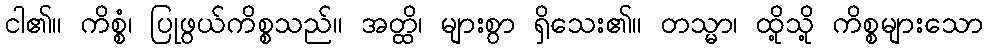
ငါ၏။ ကိစ္စံ၊ ပြုဖွယ်ကိစ္စသည်။ အတ္ထိ၊ များစွာ ရှိသေး၏။ တသ္မာ၊ ထို့သို့ ကိစ္စများသော